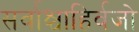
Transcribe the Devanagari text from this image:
सर्वाश्चाहिर्वजो